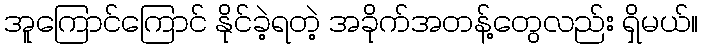
အူကြောင်ကြောင် နိုင်ခဲ့ရတဲ့ အခိုက်အတန့်တွေလည်း ရှိမယ်။